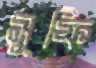
সূফি